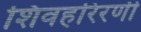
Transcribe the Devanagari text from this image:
शिवहरिरणी